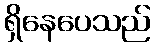
ရှိနေပေသည်